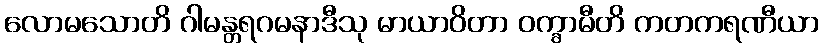
လောမသောတိ ဂါမန္တရဂမနာဒီသု မာယာဝိတာ ဝက္ခာမီတိ ကတကရဏီယာ